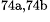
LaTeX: ^\textrm{\scriptsize 74a,74b}